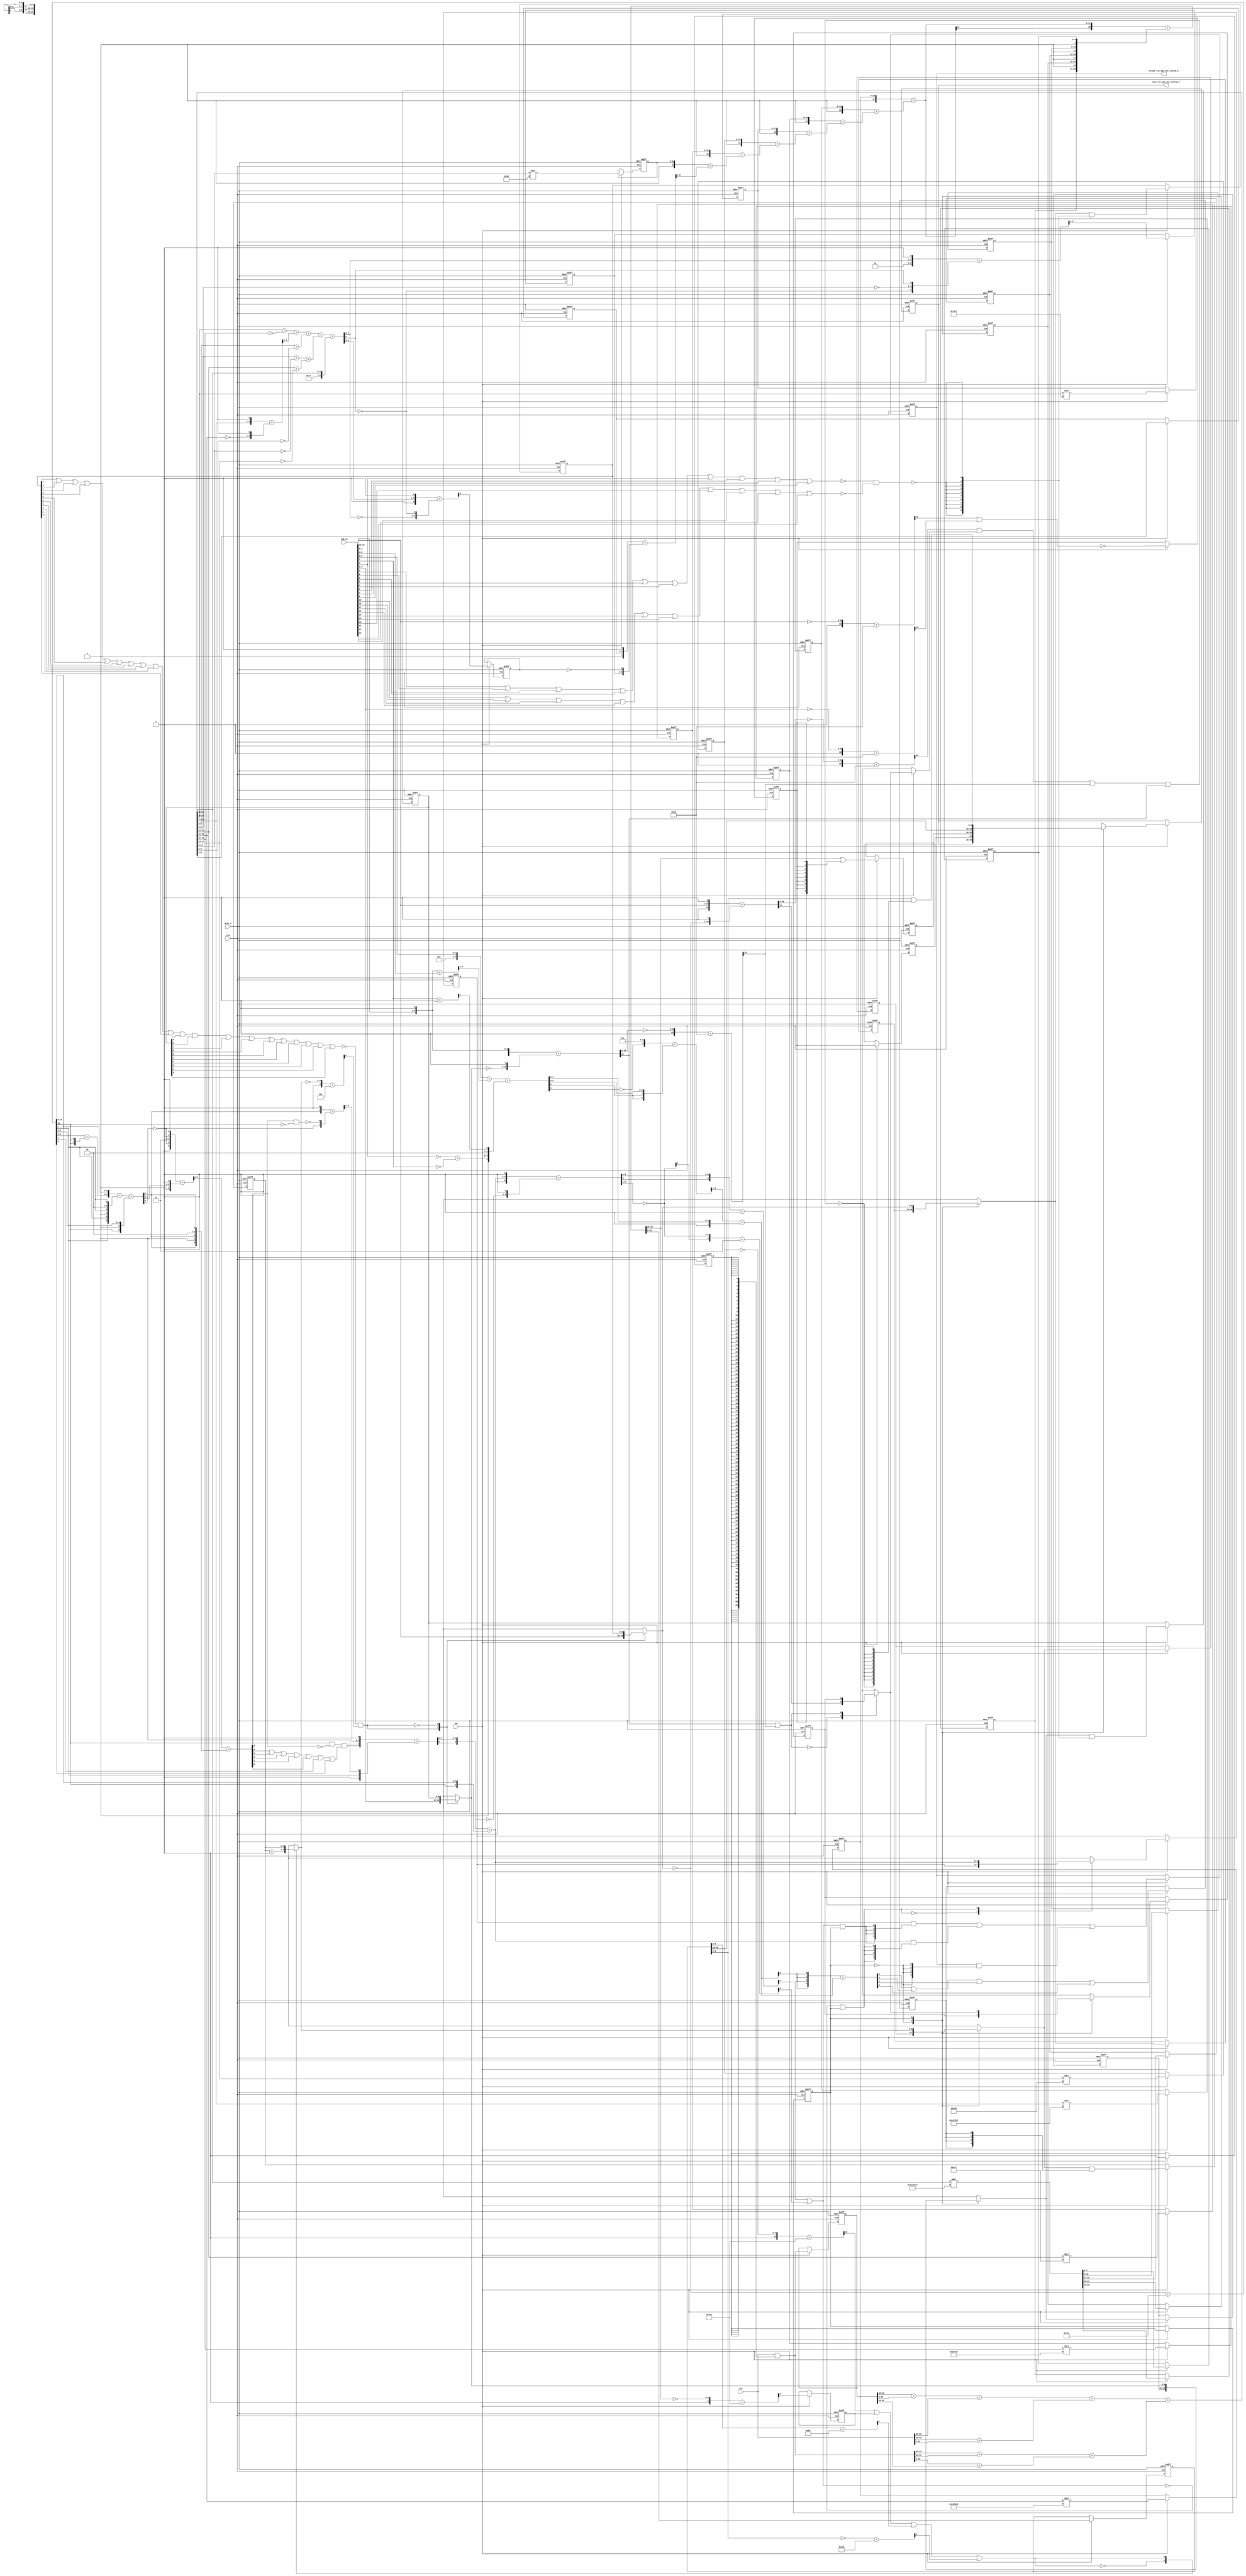
module gauss_blur_core (
  vin, vga_xy, clk, en, arst_n, vout_rsc_mgc_out_stdreg_d, volume_rsc_mgc_out_stdreg_d
);
  input [89:0] vin;
  input [19:0] vga_xy;
  input clk;
  input en;
  input arst_n;
  output [29:0] vout_rsc_mgc_out_stdreg_d;
  reg [29:0] vout_rsc_mgc_out_stdreg_d;
  output [3:0] volume_rsc_mgc_out_stdreg_d;
  reg [3:0] volume_rsc_mgc_out_stdreg_d;


  // Interconnect Declarations
  wire or_dcpl_6;
  reg [89:0] regs_regs_1_sva;
  reg [3:0] acc_16_1_sva;
  reg [9:0] blue_xy_0_sva;
  reg [9:0] blue_xy_1_sva;
  reg [3:0] volume_previous_sva;
  reg [3:0] acc_16_1_sva_dfm_2;
  reg [9:0] blue_xy_0_sva_dfm_3;
  reg [9:0] blue_xy_1_sva_dfm_3;
  reg aif_11_slc_svs_1;
  reg land_11_lpi_1_dfm_1;
  reg land_11_lpi_1_dfm_2;
  reg [26:0] mul_7_itm_1;
  wire [53:0] nl_mul_7_itm_1;
  reg [23:0] mul_6_itm_1;
  wire [47:0] nl_mul_6_itm_1;
  reg [20:0] mul_5_itm_1;
  wire [41:0] nl_mul_5_itm_1;
  reg [17:0] mul_4_itm_1;
  wire [35:0] nl_mul_4_itm_1;
  reg [14:0] mul_3_itm_1;
  wire [29:0] nl_mul_3_itm_1;
  reg [11:0] mul_2_itm_1;
  wire [23:0] nl_mul_2_itm_1;
  reg [8:0] mul_1_itm_1;
  wire [17:0] nl_mul_1_itm_1;
  reg [5:0] slc_gauss_blur_val_20_itm_1;
  reg [4:0] slc_13_itm_1;
  reg slc_11_itm_1;
  reg or_itm_1;
  reg [8:0] or_3_itm_1;
  reg main_stage_0_2;
  reg main_stage_0_3;
  reg [19:0] acc_2_psp_sva_2;
  reg [4:0] mul_itm_1_sg8;
  reg [4:0] mul_itm_1_sg6;
  reg [4:0] mul_itm_1_sg4;
  reg [4:0] mul_itm_1_sg2;
  reg [4:0] mul_itm_2;
  wire [3:0] acc_16_1_sva_dfm_1_mx0;
  wire [9:0] blue_xy_1_sva_dfm_2_mx0;
  wire [28:0] acc_2_psp_sva;
  wire [29:0] nl_acc_2_psp_sva;
  reg reg_deltay_square_blue_acc_psp_sva_tmp;
  wire or_15_cse;
  wire and_6_cse;
  wire [11:0] deltay_square_blue_acc_1_itm;
  wire [12:0] nl_deltay_square_blue_acc_1_itm;
  wire [10:0] aif_45_acc_itm;
  wire [11:0] nl_aif_45_acc_itm;
  wire [11:0] deltax_square_blue_acc_1_itm;
  wire [12:0] nl_deltax_square_blue_acc_1_itm;
  wire [5:0] if_17_acc_1_itm;
  wire [6:0] nl_if_17_acc_1_itm;
  wire [9:0] blue_xy_0_sva_dfm_2_mx0;
  wire [3:0] volume_current_sva;
  wire [4:0] nl_volume_current_sva;
  wire [6:0] conc_imod_sg1_sva;
  wire [8:0] nl_conc_imod_sg1_sva;
  wire [5:0] conc_imod_1_sg1_sva;
  wire [6:0] nl_conc_imod_1_sg1_sva;
  wire [10:0] acc_12_psp_sva;
  wire [11:0] nl_acc_12_psp_sva;
  wire [9:0] blue_xy_1_sva_mx0;
  wire [9:0] blue_xy_0_sva_mx0;
  wire [3:0] acc_16_1_sva_mx0;
  wire [89:0] regs_regs_0_sva_mx0;
  wire [3:0] if_3_acc_svs;
  wire [4:0] nl_if_3_acc_svs;
  wire [28:0] mul_itm;
  wire [57:0] nl_mul_itm;
  wire [6:0] acc_imod_sva;
  wire [8:0] nl_acc_imod_sva;
  wire [31:0] gauss_blur_val_2_sva;
  wire [34:0] nl_gauss_blur_val_2_sva;
  wire [3:0] if_3_acc_1_psp_sva;
  wire [4:0] nl_if_3_acc_1_psp_sva;
  wire [5:0] acc_imod_2_sva;
  wire [6:0] nl_acc_imod_2_sva;
  wire nand_1_itm;
  wire or_13_cse;


  // Interconnect Declarations for Component Instantiations 
  assign or_13_cse = (deltax_square_blue_acc_1_itm[11]) | (aif_45_acc_itm[10]);
  assign and_6_cse = (~ or_15_cse) & main_stage_0_3;
  assign or_15_cse = (readslicef_5_1_4((conv_s2u_4_5(if_17_acc_1_itm[5:2]) + 5'b1)))
      | (readslicef_6_1_5((conv_s2s_5_6(~ (if_17_acc_1_itm[5:1])) + 6'b11)));
  assign acc_16_1_sva_dfm_1_mx0 = MUX_v_4_2_2({(acc_16_1_sva_dfm_2 + 4'b1) , acc_16_1_sva_dfm_2},
      (readslicef_11_1_10((({1'b1 , (~ (acc_2_psp_sva_2[19:10]))}) + 11'b101000001)))
      | aif_11_slc_svs_1 | (readslicef_8_1_7((conv_u2u_7_8(acc_2_psp_sva_2[9:3])
      + 8'b11010011))) | (readslicef_10_1_9(((~ (acc_2_psp_sva_2[9:0])) + 10'b1011010001))));
  assign blue_xy_1_sva_dfm_2_mx0 = MUX_v_10_2_2({(vga_xy[19:10]) , blue_xy_1_sva_dfm_3},
      or_dcpl_6);
  assign blue_xy_0_sva_dfm_2_mx0 = MUX_v_10_2_2({(vga_xy[9:0]) , blue_xy_0_sva_dfm_3},
      or_dcpl_6);
  assign nl_deltay_square_blue_acc_1_itm = ({1'b1 , (vga_xy[19:10]) , 1'b1}) + conv_u2s_11_12({(~
      blue_xy_1_sva_dfm_2_mx0) , 1'b1});
  assign deltay_square_blue_acc_1_itm = nl_deltay_square_blue_acc_1_itm[11:0];
  assign nl_aif_45_acc_itm = ({1'b1 , (~ (deltax_square_blue_acc_1_itm[10:1]))})
      + 11'b101001;
  assign aif_45_acc_itm = nl_aif_45_acc_itm[10:0];
  assign nl_deltax_square_blue_acc_1_itm = ({1'b1 , (vga_xy[9:0]) , 1'b1}) + conv_u2s_11_12({(~
      blue_xy_0_sva_dfm_2_mx0) , 1'b1});
  assign deltax_square_blue_acc_1_itm = nl_deltax_square_blue_acc_1_itm[11:0];
  assign nl_volume_current_sva = conv_s2u_3_4(readslicef_4_3_1((conv_u2s_3_4({(readslicef_3_2_1((conv_u2u_2_3({(conc_imod_sg1_sva[5])
      , 1'b1}) + conv_u2u_2_3({(~ (conc_imod_sg1_sva[6])) , (~((conc_imod_1_sg1_sva[5])
      & (~ (acc_12_psp_sva[10]))))})))) , 1'b1}) + conv_s2s_3_4({1'b1 , (acc_12_psp_sva[7])
      , ((acc_12_psp_sva[10]) & (~ (conc_imod_1_sg1_sva[5])) & ((conc_imod_1_sg1_sva[4])
      | (conc_imod_1_sg1_sva[3]) | (conc_imod_1_sg1_sva[2]) | (conc_imod_1_sg1_sva[1])
      | (conc_imod_1_sg1_sva[0]) | (acc_12_psp_sva[1]) | (acc_12_psp_sva[0])))}))))
      + conv_s2u_3_4(acc_12_psp_sva[10:8]);
  assign volume_current_sva = nl_volume_current_sva[3:0];
  assign nl_if_17_acc_1_itm = ({1'b1 , volume_current_sva , 1'b1}) + conv_u2s_5_6({(~
      volume_previous_sva) , 1'b1});
  assign if_17_acc_1_itm = nl_if_17_acc_1_itm[5:0];
  assign nl_conc_imod_sg1_sva = (conv_u2s_6_7({(conv_u2u_2_3(acc_12_psp_sva[9:8])
      + conv_u2u_2_3({(acc_12_psp_sva[10]) , (acc_12_psp_sva[10])})) , (acc_12_psp_sva[10:8])})
      + conv_s2s_6_7({(acc_12_psp_sva[7]) , 1'b0 , (acc_12_psp_sva[7]) , 2'b0 , (acc_12_psp_sva[7])}))
      + ({(acc_12_psp_sva[10]) , 1'b0 , (acc_12_psp_sva[6:2])});
  assign conc_imod_sg1_sva = nl_conc_imod_sg1_sva[6:0];
  assign nl_conc_imod_1_sg1_sva = (readslicef_7_6_1((conv_s2s_6_7({1'b1 , (~ (conc_imod_sg1_sva[6]))
      , 2'b11 , (~ (conc_imod_sg1_sva[6])) , 1'b1}) + conv_u2s_6_7({(conc_imod_sg1_sva[4:0])
      , 1'b1})))) + ({(conc_imod_sg1_sva[5]) , 1'b0 , (conc_imod_sg1_sva[5]) , 2'b0
      , (conc_imod_sg1_sva[5])});
  assign conc_imod_1_sg1_sva = nl_conc_imod_1_sg1_sva[5:0];
  assign nl_acc_12_psp_sva = conv_u2s_10_11(~ blue_xy_1_sva_dfm_2_mx0) + 11'b11111000001;
  assign acc_12_psp_sva = nl_acc_12_psp_sva[10:0];
  assign blue_xy_1_sva_mx0 = MUX_v_10_2_2({blue_xy_1_sva , blue_xy_1_sva_dfm_2_mx0},
      main_stage_0_3);
  assign blue_xy_0_sva_mx0 = MUX_v_10_2_2({blue_xy_0_sva , blue_xy_0_sva_dfm_2_mx0},
      main_stage_0_3);
  assign acc_16_1_sva_mx0 = MUX_v_4_2_2({acc_16_1_sva , acc_16_1_sva_dfm_1_mx0},
      main_stage_0_3);
  assign nl_acc_2_psp_sva = conv_s2u_28_29(conv_u2s_27_28(mul_7_itm_1) + conv_s2s_25_28(conv_u2s_24_25(mul_6_itm_1)
      + conv_s2s_22_25(conv_u2s_21_22(mul_5_itm_1) + conv_s2s_19_22(conv_u2s_18_19(mul_4_itm_1)
      + conv_s2s_16_19(conv_u2s_15_16(mul_3_itm_1) + conv_s2s_13_16(conv_u2s_12_13(mul_2_itm_1)
      + conv_s2s_10_13(conv_u2s_9_10(mul_1_itm_1) + conv_s2s_8_10(readslicef_9_8_1((conv_u2s_7_9({slc_gauss_blur_val_20_itm_1
      , 1'b1}) + conv_s2s_6_9({slc_13_itm_1 , (~ slc_11_itm_1)}))))))))))) + ({mul_itm_1_sg8
      , 1'b0 , mul_itm_1_sg6 , 1'b0 , mul_itm_1_sg4 , 1'b0 , mul_itm_1_sg2 , 1'b0
      , mul_itm_2});
  assign acc_2_psp_sva = nl_acc_2_psp_sva[28:0];
  assign regs_regs_0_sva_mx0 = vin & ({{89{main_stage_0_2}}, main_stage_0_2});
  assign nl_if_3_acc_svs = conv_s2u_1_4(if_3_acc_1_psp_sva[3]) + if_3_acc_1_psp_sva;
  assign if_3_acc_svs = nl_if_3_acc_svs[3:0];
  assign nl_mul_itm = conv_u2u_2_29(gauss_blur_val_2_sva[31:30]) * 29'b111000111000111000111000111;
  assign mul_itm = nl_mul_itm[28:0];
  assign nl_acc_imod_sva = (conv_u2u_6_7(conv_u2u_5_6(conv_u2u_4_5(conv_u2u_3_4(gauss_blur_val_2_sva[20:18])
      + conv_u2u_3_4(~ (gauss_blur_val_2_sva[23:21]))) + conv_u2u_4_5(readslicef_5_4_1((conv_u2u_4_5({(gauss_blur_val_2_sva[26:24])
      , 1'b1}) + conv_u2u_4_5({(~ (gauss_blur_val_2_sva[29:27])) , 1'b1}))))) + conv_u2u_4_6(conv_u2u_3_4(gauss_blur_val_2_sva[2:0])
      + conv_u2u_3_4(~ (gauss_blur_val_2_sva[5:3])))) + conv_u2u_5_7(conv_u2u_4_5(conv_u2u_3_4(gauss_blur_val_2_sva[8:6])
      + conv_u2u_3_4(~ (gauss_blur_val_2_sva[11:9]))) + conv_u2u_4_5(conv_u2u_3_4(gauss_blur_val_2_sva[14:12])
      + conv_u2u_3_4(~ (gauss_blur_val_2_sva[17:15]))))) + ({5'b10111 , (gauss_blur_val_2_sva[31:30])});
  assign acc_imod_sva = nl_acc_imod_sva[6:0];
  assign nl_gauss_blur_val_2_sva = ((conv_u2u_31_32(conv_u2u_30_31(regs_regs_1_sva[59:30])
      + conv_u2u_30_31(regs_regs_1_sva[29:0])) + conv_u2u_30_32(vin[89:60])) + conv_u2u_31_32(conv_u2u_30_31(vin[59:30])
      + conv_u2u_30_31(vin[29:0]))) + (conv_u2u_31_32(conv_u2u_30_31(regs_regs_0_sva_mx0[89:60])
      + conv_u2u_30_31(regs_regs_0_sva_mx0[59:30])) + conv_u2u_31_32(conv_u2u_30_31(regs_regs_0_sva_mx0[29:0])
      + conv_u2u_30_31(regs_regs_1_sva[89:60])));
  assign gauss_blur_val_2_sva = nl_gauss_blur_val_2_sva[31:0];
  assign nl_if_3_acc_1_psp_sva = (readslicef_5_4_1((({(~ (acc_imod_2_sva[3])) , 4'b1})
      + conv_s2u_3_5(acc_imod_2_sva[5:3])))) + ({1'b1 , (acc_imod_2_sva[2:0])});
  assign if_3_acc_1_psp_sva = nl_if_3_acc_1_psp_sva[3:0];
  assign nl_acc_imod_2_sva = conv_s2s_5_6(({3'b100 , (vga_xy[9:8])}) + conv_u2s_4_5(readslicef_5_4_1((conv_u2u_4_5({(vga_xy[2:0])
      , 1'b1}) + conv_u2u_4_5(vga_xy[6:3]))))) + conv_u2s_5_6({(conv_u2u_1_2(~ (vga_xy[3]))
      + conv_u2u_1_2(~ (vga_xy[7]))) , 2'b0 , (readslicef_2_1_1((conv_u2u_1_2(vga_xy[7])
      + 2'b1)))});
  assign acc_imod_2_sva = nl_acc_imod_2_sva[5:0];
  assign nand_1_itm = ~((~((vga_xy[9]) | (vga_xy[8]) | (vga_xy[7]) | (vga_xy[6])
      | (vga_xy[5]) | (vga_xy[4]) | (vga_xy[3]) | (vga_xy[2]) | (vga_xy[1]) | (vga_xy[0])))
      & (~((vga_xy[19]) | (vga_xy[18]) | (vga_xy[17]) | (vga_xy[16]) | (vga_xy[15])
      | (vga_xy[14]) | (vga_xy[13]) | (vga_xy[12]) | (vga_xy[11]) | (vga_xy[10]))));
  assign or_dcpl_6 = ~((~((blue_xy_1_sva_dfm_3[9]) | (blue_xy_1_sva_dfm_3[8]) | (blue_xy_1_sva_dfm_3[7])
      | (blue_xy_1_sva_dfm_3[6]) | (blue_xy_1_sva_dfm_3[5]) | (blue_xy_1_sva_dfm_3[4])
      | (blue_xy_1_sva_dfm_3[3]) | (blue_xy_1_sva_dfm_3[2]) | (blue_xy_1_sva_dfm_3[1])
      | (blue_xy_1_sva_dfm_3[0]) | (blue_xy_0_sva_dfm_3[9]) | (blue_xy_0_sva_dfm_3[8])
      | (blue_xy_0_sva_dfm_3[7]) | (blue_xy_0_sva_dfm_3[6]) | (blue_xy_0_sva_dfm_3[5])
      | (blue_xy_0_sva_dfm_3[4]) | (blue_xy_0_sva_dfm_3[3]) | (blue_xy_0_sva_dfm_3[2])
      | (blue_xy_0_sva_dfm_3[1]) | (blue_xy_0_sva_dfm_3[0]))) & (readslicef_5_1_4((({1'b1
      , (~ acc_16_1_sva_dfm_1_mx0)}) + 5'b101))));
  always @(posedge clk or negedge arst_n) begin
    if ( ~ arst_n ) begin
      vout_rsc_mgc_out_stdreg_d <= 30'b0;
      volume_rsc_mgc_out_stdreg_d <= 4'b0;
      acc_16_1_sva_dfm_2 <= 4'b0;
      acc_2_psp_sva_2 <= 20'b0;
      blue_xy_1_sva_dfm_3 <= 10'b0;
      blue_xy_0_sva_dfm_3 <= 10'b0;
      volume_previous_sva <= 4'b0;
      land_11_lpi_1_dfm_2 <= 1'b0;
      or_3_itm_1 <= 9'b0;
      aif_11_slc_svs_1 <= 1'b0;
      main_stage_0_2 <= 1'b0;
      main_stage_0_3 <= 1'b0;
      blue_xy_1_sva <= 10'b0;
      blue_xy_0_sva <= 10'b0;
      acc_16_1_sva <= 4'b0;
      land_11_lpi_1_dfm_1 <= 1'b0;
      or_itm_1 <= 1'b0;
      mul_7_itm_1 <= 27'b0;
      mul_6_itm_1 <= 24'b0;
      mul_5_itm_1 <= 21'b0;
      mul_4_itm_1 <= 18'b0;
      mul_3_itm_1 <= 15'b0;
      mul_2_itm_1 <= 12'b0;
      mul_1_itm_1 <= 9'b0;
      slc_gauss_blur_val_20_itm_1 <= 6'b0;
      slc_13_itm_1 <= 5'b0;
      slc_11_itm_1 <= 1'b0;
      mul_itm_1_sg8 <= 5'b0;
      mul_itm_1_sg6 <= 5'b0;
      mul_itm_1_sg4 <= 5'b0;
      mul_itm_1_sg2 <= 5'b0;
      mul_itm_2 <= 5'b0;
      regs_regs_1_sva <= 90'b0;
      reg_deltay_square_blue_acc_psp_sva_tmp <= 1'b0;
    end
    else begin
      if ( en ) begin
        vout_rsc_mgc_out_stdreg_d <= MUX_v_30_2_2({vout_rsc_mgc_out_stdreg_d , ({land_11_lpi_1_dfm_2
            , or_3_itm_1 , (acc_2_psp_sva_2[19:10]) , ((acc_2_psp_sva_2[9:0]) | (signext_10_1(~((readslicef_11_1_10((({1'b1
            , (~ (deltay_square_blue_acc_1_itm[10:1]))}) + 11'b101001))) | (MUX_s_1_2_2({(deltay_square_blue_acc_1_itm[11])
            , reg_deltay_square_blue_acc_psp_sva_tmp}, or_13_cse)) | (aif_45_acc_itm[10])
            | (deltax_square_blue_acc_1_itm[11])))))})}, main_stage_0_3);
        volume_rsc_mgc_out_stdreg_d <= MUX1HOT_v_4_3_2({volume_rsc_mgc_out_stdreg_d
            , volume_current_sva , volume_previous_sva}, {(~ main_stage_0_3) , and_6_cse
            , (or_15_cse & main_stage_0_3)});
        acc_16_1_sva_dfm_2 <= acc_16_1_sva_mx0 & ({{3{or_itm_1}}, or_itm_1});
        acc_2_psp_sva_2 <= acc_2_psp_sva[19:0];
        blue_xy_1_sva_dfm_3 <= blue_xy_1_sva_mx0 & ({{9{nand_1_itm}}, nand_1_itm});
        blue_xy_0_sva_dfm_3 <= blue_xy_0_sva_mx0 & ({{9{nand_1_itm}}, nand_1_itm});
        volume_previous_sva <= MUX_v_4_2_2({volume_previous_sva , volume_current_sva},
            and_6_cse);
        land_11_lpi_1_dfm_2 <= land_11_lpi_1_dfm_1;
        or_3_itm_1 <= (acc_2_psp_sva[28:20]) | ({{8{land_11_lpi_1_dfm_1}}, land_11_lpi_1_dfm_1});
        aif_11_slc_svs_1 <= readslicef_10_1_9((({1'b1 , (~ (acc_2_psp_sva[28:20]))})
            + 10'b101000001));
        main_stage_0_2 <= 1'b1;
        main_stage_0_3 <= main_stage_0_2;
        blue_xy_1_sva <= blue_xy_1_sva_mx0;
        blue_xy_0_sva <= blue_xy_0_sva_mx0;
        acc_16_1_sva <= acc_16_1_sva_mx0;
        land_11_lpi_1_dfm_1 <= ~((readslicef_11_1_10((({1'b1 , (~ (vga_xy[19:10]))})
            + 11'b101001))) | (readslicef_11_1_10((({1'b1 , (~ (vga_xy[9:0]))}) +
            11'b101001))));
        or_itm_1 <= (if_3_acc_svs[3]) | (if_3_acc_svs[2]) | (if_3_acc_svs[1]) | (if_3_acc_svs[0]);
        mul_7_itm_1 <= nl_mul_7_itm_1[26:0];
        mul_6_itm_1 <= nl_mul_6_itm_1[23:0];
        mul_5_itm_1 <= nl_mul_5_itm_1[20:0];
        mul_4_itm_1 <= nl_mul_4_itm_1[17:0];
        mul_3_itm_1 <= nl_mul_3_itm_1[14:0];
        mul_2_itm_1 <= nl_mul_2_itm_1[11:0];
        mul_1_itm_1 <= nl_mul_1_itm_1[8:0];
        slc_gauss_blur_val_20_itm_1 <= gauss_blur_val_2_sva[8:3];
        slc_13_itm_1 <= readslicef_6_5_1((({2'b10 , (acc_imod_sva[5:3]) , 1'b1})
            + conv_u2s_5_6({(~ (acc_imod_sva[6])) , (~ (gauss_blur_val_2_sva[8:6]))
            , (acc_imod_sva[6])})));
        slc_11_itm_1 <= readslicef_5_1_4((({1'b1 , (acc_imod_sva[2:0]) , 1'b1}) +
            conv_u2s_4_5({(~ (acc_imod_sva[5:3])) , (~ (acc_imod_sva[6]))})));
        mul_itm_1_sg8 <= mul_itm[28:24];
        mul_itm_1_sg6 <= mul_itm[22:18];
        mul_itm_1_sg4 <= mul_itm[16:12];
        mul_itm_1_sg2 <= mul_itm[10:6];
        mul_itm_2 <= mul_itm[4:0];
        regs_regs_1_sva <= regs_regs_0_sva_mx0;
        reg_deltay_square_blue_acc_psp_sva_tmp <= MUX_s_1_2_2({reg_deltay_square_blue_acc_psp_sva_tmp
            , (MUX_s_1_2_2({(deltay_square_blue_acc_1_itm[11]) , reg_deltay_square_blue_acc_psp_sva_tmp},
            or_13_cse))}, main_stage_0_3);
      end
    end
  end
  assign nl_mul_7_itm_1  = conv_u2u_3_27(gauss_blur_val_2_sva[29:27]) * 27'b111000111000111000111001;
  assign nl_mul_6_itm_1  = conv_u2u_3_24(gauss_blur_val_2_sva[26:24]) * 24'b111000111000111000111;
  assign nl_mul_5_itm_1  = conv_u2u_3_21(gauss_blur_val_2_sva[23:21]) * 21'b111000111000111001;
  assign nl_mul_4_itm_1  = conv_u2u_3_18(gauss_blur_val_2_sva[20:18]) * 18'b111000111000111;
  assign nl_mul_3_itm_1  = conv_u2u_3_15(gauss_blur_val_2_sva[17:15]) * 15'b111000111001;
  assign nl_mul_2_itm_1  = conv_u2u_3_12(gauss_blur_val_2_sva[14:12]) * 12'b111000111;
  assign nl_mul_1_itm_1  = conv_u2u_3_9(gauss_blur_val_2_sva[11:9]) * 9'b111001;

  function [0:0] readslicef_5_1_4;
    input [4:0] vector;
    reg [4:0] tmp;
  begin
    tmp = vector >> 4;
    readslicef_5_1_4 = tmp[0:0];
  end
  endfunction


  function [0:0] readslicef_6_1_5;
    input [5:0] vector;
    reg [5:0] tmp;
  begin
    tmp = vector >> 5;
    readslicef_6_1_5 = tmp[0:0];
  end
  endfunction


  function [3:0] MUX_v_4_2_2;
    input [7:0] inputs;
    input [0:0] sel;
    reg [3:0] result;
  begin
    case (sel)
      1'b0 : begin
        result = inputs[7:4];
      end
      1'b1 : begin
        result = inputs[3:0];
      end
      default : begin
        result = inputs[7:4];
      end
    endcase
    MUX_v_4_2_2 = result;
  end
  endfunction


  function [0:0] readslicef_11_1_10;
    input [10:0] vector;
    reg [10:0] tmp;
  begin
    tmp = vector >> 10;
    readslicef_11_1_10 = tmp[0:0];
  end
  endfunction


  function [0:0] readslicef_8_1_7;
    input [7:0] vector;
    reg [7:0] tmp;
  begin
    tmp = vector >> 7;
    readslicef_8_1_7 = tmp[0:0];
  end
  endfunction


  function [0:0] readslicef_10_1_9;
    input [9:0] vector;
    reg [9:0] tmp;
  begin
    tmp = vector >> 9;
    readslicef_10_1_9 = tmp[0:0];
  end
  endfunction


  function [9:0] MUX_v_10_2_2;
    input [19:0] inputs;
    input [0:0] sel;
    reg [9:0] result;
  begin
    case (sel)
      1'b0 : begin
        result = inputs[19:10];
      end
      1'b1 : begin
        result = inputs[9:0];
      end
      default : begin
        result = inputs[19:10];
      end
    endcase
    MUX_v_10_2_2 = result;
  end
  endfunction


  function [2:0] readslicef_4_3_1;
    input [3:0] vector;
    reg [3:0] tmp;
  begin
    tmp = vector >> 1;
    readslicef_4_3_1 = tmp[2:0];
  end
  endfunction


  function [1:0] readslicef_3_2_1;
    input [2:0] vector;
    reg [2:0] tmp;
  begin
    tmp = vector >> 1;
    readslicef_3_2_1 = tmp[1:0];
  end
  endfunction


  function [5:0] readslicef_7_6_1;
    input [6:0] vector;
    reg [6:0] tmp;
  begin
    tmp = vector >> 1;
    readslicef_7_6_1 = tmp[5:0];
  end
  endfunction


  function [7:0] readslicef_9_8_1;
    input [8:0] vector;
    reg [8:0] tmp;
  begin
    tmp = vector >> 1;
    readslicef_9_8_1 = tmp[7:0];
  end
  endfunction


  function [3:0] readslicef_5_4_1;
    input [4:0] vector;
    reg [4:0] tmp;
  begin
    tmp = vector >> 1;
    readslicef_5_4_1 = tmp[3:0];
  end
  endfunction


  function [0:0] readslicef_2_1_1;
    input [1:0] vector;
    reg [1:0] tmp;
  begin
    tmp = vector >> 1;
    readslicef_2_1_1 = tmp[0:0];
  end
  endfunction


  function [29:0] MUX_v_30_2_2;
    input [59:0] inputs;
    input [0:0] sel;
    reg [29:0] result;
  begin
    case (sel)
      1'b0 : begin
        result = inputs[59:30];
      end
      1'b1 : begin
        result = inputs[29:0];
      end
      default : begin
        result = inputs[59:30];
      end
    endcase
    MUX_v_30_2_2 = result;
  end
  endfunction


  function [0:0] MUX_s_1_2_2;
    input [1:0] inputs;
    input [0:0] sel;
    reg [0:0] result;
  begin
    case (sel)
      1'b0 : begin
        result = inputs[1:1];
      end
      1'b1 : begin
        result = inputs[0:0];
      end
      default : begin
        result = inputs[1:1];
      end
    endcase
    MUX_s_1_2_2 = result;
  end
  endfunction


  function [9:0] signext_10_1;
    input [0:0] vector;
  begin
    signext_10_1= {{9{vector[0]}}, vector};
  end
  endfunction


  function [3:0] MUX1HOT_v_4_3_2;
    input [11:0] inputs;
    input [2:0] sel;
    reg [3:0] result;
    integer i;
  begin
    result = inputs[0+:4] & {4{sel[0]}};
    for( i = 1; i < 3; i = i + 1 )
      result = result | (inputs[i*4+:4] & {4{sel[i]}});
    MUX1HOT_v_4_3_2 = result;
  end
  endfunction


  function [4:0] readslicef_6_5_1;
    input [5:0] vector;
    reg [5:0] tmp;
  begin
    tmp = vector >> 1;
    readslicef_6_5_1 = tmp[4:0];
  end
  endfunction


  function  [4:0] conv_s2u_4_5 ;
    input signed [3:0]  vector ;
  begin
    conv_s2u_4_5 = {vector[3], vector};
  end
  endfunction


  function signed [5:0] conv_s2s_5_6 ;
    input signed [4:0]  vector ;
  begin
    conv_s2s_5_6 = {vector[4], vector};
  end
  endfunction


  function  [7:0] conv_u2u_7_8 ;
    input [6:0]  vector ;
  begin
    conv_u2u_7_8 = {1'b0, vector};
  end
  endfunction


  function signed [11:0] conv_u2s_11_12 ;
    input [10:0]  vector ;
  begin
    conv_u2s_11_12 = {1'b0, vector};
  end
  endfunction


  function  [3:0] conv_s2u_3_4 ;
    input signed [2:0]  vector ;
  begin
    conv_s2u_3_4 = {vector[2], vector};
  end
  endfunction


  function signed [3:0] conv_u2s_3_4 ;
    input [2:0]  vector ;
  begin
    conv_u2s_3_4 = {1'b0, vector};
  end
  endfunction


  function  [2:0] conv_u2u_2_3 ;
    input [1:0]  vector ;
  begin
    conv_u2u_2_3 = {1'b0, vector};
  end
  endfunction


  function signed [3:0] conv_s2s_3_4 ;
    input signed [2:0]  vector ;
  begin
    conv_s2s_3_4 = {vector[2], vector};
  end
  endfunction


  function signed [5:0] conv_u2s_5_6 ;
    input [4:0]  vector ;
  begin
    conv_u2s_5_6 = {1'b0, vector};
  end
  endfunction


  function signed [6:0] conv_u2s_6_7 ;
    input [5:0]  vector ;
  begin
    conv_u2s_6_7 = {1'b0, vector};
  end
  endfunction


  function signed [6:0] conv_s2s_6_7 ;
    input signed [5:0]  vector ;
  begin
    conv_s2s_6_7 = {vector[5], vector};
  end
  endfunction


  function signed [10:0] conv_u2s_10_11 ;
    input [9:0]  vector ;
  begin
    conv_u2s_10_11 = {1'b0, vector};
  end
  endfunction


  function  [28:0] conv_s2u_28_29 ;
    input signed [27:0]  vector ;
  begin
    conv_s2u_28_29 = {vector[27], vector};
  end
  endfunction


  function signed [27:0] conv_u2s_27_28 ;
    input [26:0]  vector ;
  begin
    conv_u2s_27_28 = {1'b0, vector};
  end
  endfunction


  function signed [27:0] conv_s2s_25_28 ;
    input signed [24:0]  vector ;
  begin
    conv_s2s_25_28 = {{3{vector[24]}}, vector};
  end
  endfunction


  function signed [24:0] conv_u2s_24_25 ;
    input [23:0]  vector ;
  begin
    conv_u2s_24_25 = {1'b0, vector};
  end
  endfunction


  function signed [24:0] conv_s2s_22_25 ;
    input signed [21:0]  vector ;
  begin
    conv_s2s_22_25 = {{3{vector[21]}}, vector};
  end
  endfunction


  function signed [21:0] conv_u2s_21_22 ;
    input [20:0]  vector ;
  begin
    conv_u2s_21_22 = {1'b0, vector};
  end
  endfunction


  function signed [21:0] conv_s2s_19_22 ;
    input signed [18:0]  vector ;
  begin
    conv_s2s_19_22 = {{3{vector[18]}}, vector};
  end
  endfunction


  function signed [18:0] conv_u2s_18_19 ;
    input [17:0]  vector ;
  begin
    conv_u2s_18_19 = {1'b0, vector};
  end
  endfunction


  function signed [18:0] conv_s2s_16_19 ;
    input signed [15:0]  vector ;
  begin
    conv_s2s_16_19 = {{3{vector[15]}}, vector};
  end
  endfunction


  function signed [15:0] conv_u2s_15_16 ;
    input [14:0]  vector ;
  begin
    conv_u2s_15_16 = {1'b0, vector};
  end
  endfunction


  function signed [15:0] conv_s2s_13_16 ;
    input signed [12:0]  vector ;
  begin
    conv_s2s_13_16 = {{3{vector[12]}}, vector};
  end
  endfunction


  function signed [12:0] conv_u2s_12_13 ;
    input [11:0]  vector ;
  begin
    conv_u2s_12_13 = {1'b0, vector};
  end
  endfunction


  function signed [12:0] conv_s2s_10_13 ;
    input signed [9:0]  vector ;
  begin
    conv_s2s_10_13 = {{3{vector[9]}}, vector};
  end
  endfunction


  function signed [9:0] conv_u2s_9_10 ;
    input [8:0]  vector ;
  begin
    conv_u2s_9_10 = {1'b0, vector};
  end
  endfunction


  function signed [9:0] conv_s2s_8_10 ;
    input signed [7:0]  vector ;
  begin
    conv_s2s_8_10 = {{2{vector[7]}}, vector};
  end
  endfunction


  function signed [8:0] conv_u2s_7_9 ;
    input [6:0]  vector ;
  begin
    conv_u2s_7_9 = {{2{1'b0}}, vector};
  end
  endfunction


  function signed [8:0] conv_s2s_6_9 ;
    input signed [5:0]  vector ;
  begin
    conv_s2s_6_9 = {{3{vector[5]}}, vector};
  end
  endfunction


  function  [3:0] conv_s2u_1_4 ;
    input signed [0:0]  vector ;
  begin
    conv_s2u_1_4 = {{3{vector[0]}}, vector};
  end
  endfunction


  function  [28:0] conv_u2u_2_29 ;
    input [1:0]  vector ;
  begin
    conv_u2u_2_29 = {{27{1'b0}}, vector};
  end
  endfunction


  function  [6:0] conv_u2u_6_7 ;
    input [5:0]  vector ;
  begin
    conv_u2u_6_7 = {1'b0, vector};
  end
  endfunction


  function  [5:0] conv_u2u_5_6 ;
    input [4:0]  vector ;
  begin
    conv_u2u_5_6 = {1'b0, vector};
  end
  endfunction


  function  [4:0] conv_u2u_4_5 ;
    input [3:0]  vector ;
  begin
    conv_u2u_4_5 = {1'b0, vector};
  end
  endfunction


  function  [3:0] conv_u2u_3_4 ;
    input [2:0]  vector ;
  begin
    conv_u2u_3_4 = {1'b0, vector};
  end
  endfunction


  function  [5:0] conv_u2u_4_6 ;
    input [3:0]  vector ;
  begin
    conv_u2u_4_6 = {{2{1'b0}}, vector};
  end
  endfunction


  function  [6:0] conv_u2u_5_7 ;
    input [4:0]  vector ;
  begin
    conv_u2u_5_7 = {{2{1'b0}}, vector};
  end
  endfunction


  function  [31:0] conv_u2u_31_32 ;
    input [30:0]  vector ;
  begin
    conv_u2u_31_32 = {1'b0, vector};
  end
  endfunction


  function  [30:0] conv_u2u_30_31 ;
    input [29:0]  vector ;
  begin
    conv_u2u_30_31 = {1'b0, vector};
  end
  endfunction


  function  [31:0] conv_u2u_30_32 ;
    input [29:0]  vector ;
  begin
    conv_u2u_30_32 = {{2{1'b0}}, vector};
  end
  endfunction


  function  [4:0] conv_s2u_3_5 ;
    input signed [2:0]  vector ;
  begin
    conv_s2u_3_5 = {{2{vector[2]}}, vector};
  end
  endfunction


  function signed [4:0] conv_u2s_4_5 ;
    input [3:0]  vector ;
  begin
    conv_u2s_4_5 = {1'b0, vector};
  end
  endfunction


  function  [1:0] conv_u2u_1_2 ;
    input [0:0]  vector ;
  begin
    conv_u2u_1_2 = {1'b0, vector};
  end
  endfunction


  function  [26:0] conv_u2u_3_27 ;
    input [2:0]  vector ;
  begin
    conv_u2u_3_27 = {{24{1'b0}}, vector};
  end
  endfunction


  function  [23:0] conv_u2u_3_24 ;
    input [2:0]  vector ;
  begin
    conv_u2u_3_24 = {{21{1'b0}}, vector};
  end
  endfunction


  function  [20:0] conv_u2u_3_21 ;
    input [2:0]  vector ;
  begin
    conv_u2u_3_21 = {{18{1'b0}}, vector};
  end
  endfunction


  function  [17:0] conv_u2u_3_18 ;
    input [2:0]  vector ;
  begin
    conv_u2u_3_18 = {{15{1'b0}}, vector};
  end
  endfunction


  function  [14:0] conv_u2u_3_15 ;
    input [2:0]  vector ;
  begin
    conv_u2u_3_15 = {{12{1'b0}}, vector};
  end
  endfunction


  function  [11:0] conv_u2u_3_12 ;
    input [2:0]  vector ;
  begin
    conv_u2u_3_12 = {{9{1'b0}}, vector};
  end
  endfunction


  function  [8:0] conv_u2u_3_9 ;
    input [2:0]  vector ;
  begin
    conv_u2u_3_9 = {{6{1'b0}}, vector};
  end
  endfunction

endmodule
module gauss_blur (
  vin, vout_rsc_z, vga_xy, volume_rsc_z, clk, en, arst_n
);
  input [89:0] vin;
  output [29:0] vout_rsc_z;
  input [19:0] vga_xy;
  output [3:0] volume_rsc_z;
  input clk;
  input en;
  input arst_n;


  // Interconnect Declarations
  wire [29:0] vout_rsc_mgc_out_stdreg_d;
  wire [3:0] volume_rsc_mgc_out_stdreg_d;


  // Interconnect Declarations for Component Instantiations 
  mgc_out_stdreg #(.rscid(2),
  .width(30)) vout_rsc_mgc_out_stdreg (
      .d(vout_rsc_mgc_out_stdreg_d),
      .z(vout_rsc_z)
    );
  mgc_out_stdreg #(.rscid(4),
  .width(4)) volume_rsc_mgc_out_stdreg (
      .d(volume_rsc_mgc_out_stdreg_d),
      .z(volume_rsc_z)
    );
  gauss_blur_core gauss_blur_core_inst (
      .vin(vin),
      .vga_xy(vga_xy),
      .clk(clk),
      .en(en),
      .arst_n(arst_n),
      .vout_rsc_mgc_out_stdreg_d(vout_rsc_mgc_out_stdreg_d),
      .volume_rsc_mgc_out_stdreg_d(volume_rsc_mgc_out_stdreg_d)
    );
endmodule